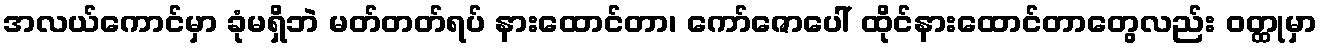
အလယ်ကောင်မှာ ခုံမရှိဘဲ မတ်တတ်ရပ် နားထောင်တာ၊ ကော်ဇောပေါ် ထိုင်နားထောင်တာတွေလည်း ဝတ္ထုမှာ